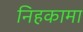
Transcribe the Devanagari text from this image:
निहकामा